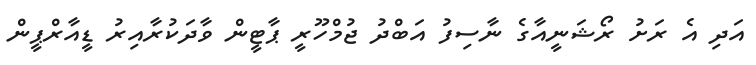
އަދި އެ ރަށު ރޯޝަނީއާގެ ނާސިފު އަބްދު ޖުމްހޫރީ ޕާޓީން ވާދަކުރާއިރު ޑީއާރްޕީން